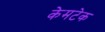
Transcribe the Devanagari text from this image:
केमटेक